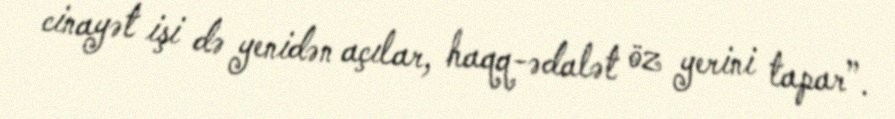
cinayət işi də yenidən açılar, haqq-ədalət öz yerini tapar”.